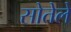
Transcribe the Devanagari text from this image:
सोतेले